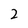
Character: 2